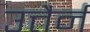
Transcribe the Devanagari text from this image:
उत्तैर्न